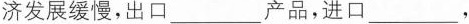
济发展缓慢，出口 ___ 产品，进口 ___ ，